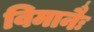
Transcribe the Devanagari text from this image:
विमानैः